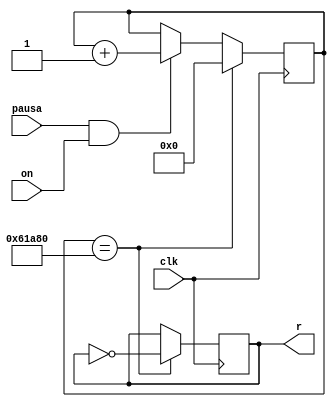
`timescale 1ns / 1ps

module reloj(clk, r,pausa,on); 
input clk,pausa,on;//entrada reloj principal del constrain  file
output reg r; //salida del reloj 

reg [31:0] z;
parameter y = 32'd400000;//aqui de ajusta la frecuencia

always @(posedge clk)
begin
if(pausa && on)
z <= z + 1;
if (z == y)
begin 
z <=0;
r <= ~r;
end
end 


endmodule